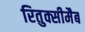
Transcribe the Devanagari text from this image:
रितुक्सीमैब